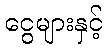
ငွေများနှင့်